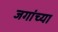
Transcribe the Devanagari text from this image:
जगांच्या